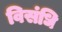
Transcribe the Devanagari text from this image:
विसंधि